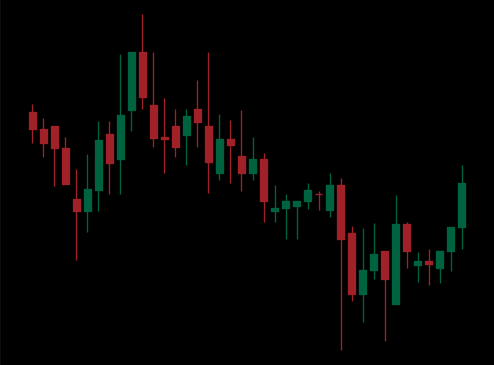
Pattern: unclassified